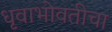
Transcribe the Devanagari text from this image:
धृवाभोवतीचा